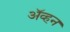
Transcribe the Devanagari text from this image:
अॅव्हन